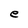
Character: e